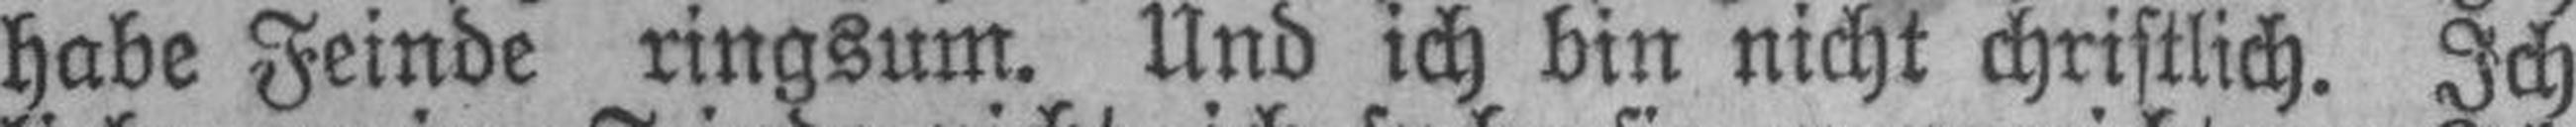
habe Feinde ringsum. Und ich bin nicht christlich. Ich